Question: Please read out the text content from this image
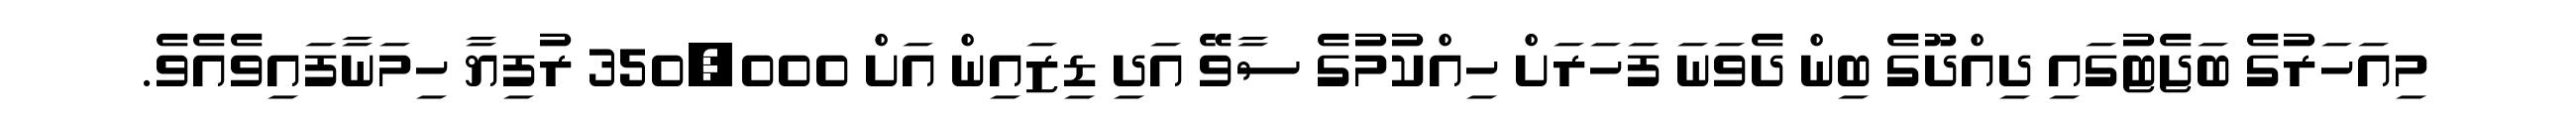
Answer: މިއަހަރުގެ ބަޖެޓުގައި ދިއްދޫގެ ބިން ދެވަނަ ފަހަރަށް ހިއްކުމުގެ ސާވޭ އަދި ޑިޒައިން އަށް 350,000 ރުފިޔާ ހިމަނާފައިވެއެވެ.